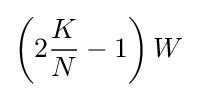
\left(2{\frac {K}{N}}-1\right)W